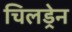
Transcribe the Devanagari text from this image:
चिलड्रेन